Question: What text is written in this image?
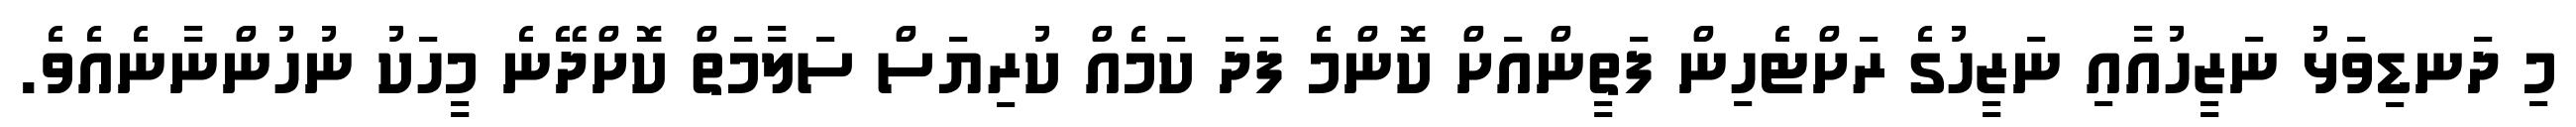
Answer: މި ދަނޑިވަޅު ނަޒީހުއާއި ނަޒީހުގެ ރަށްޓެހިން ފަތީންއަށް ކޮންމެ ފަދަ ކަމެއް ކުރިޔަސް ސަލާމަތް ކޮށްދޭނެ މީހަކު ނުހުންނާނެއެވެ.